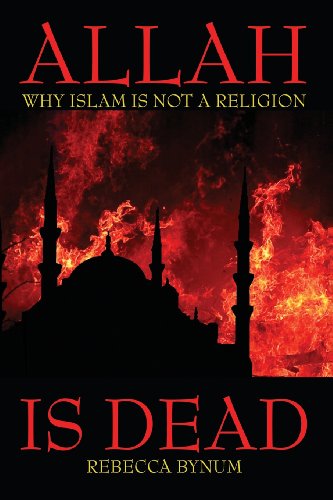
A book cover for Allah Is Dead: Why Islam is Not a Religion; Rebecca Bynum; Religion & Spirituality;